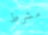
مشرط